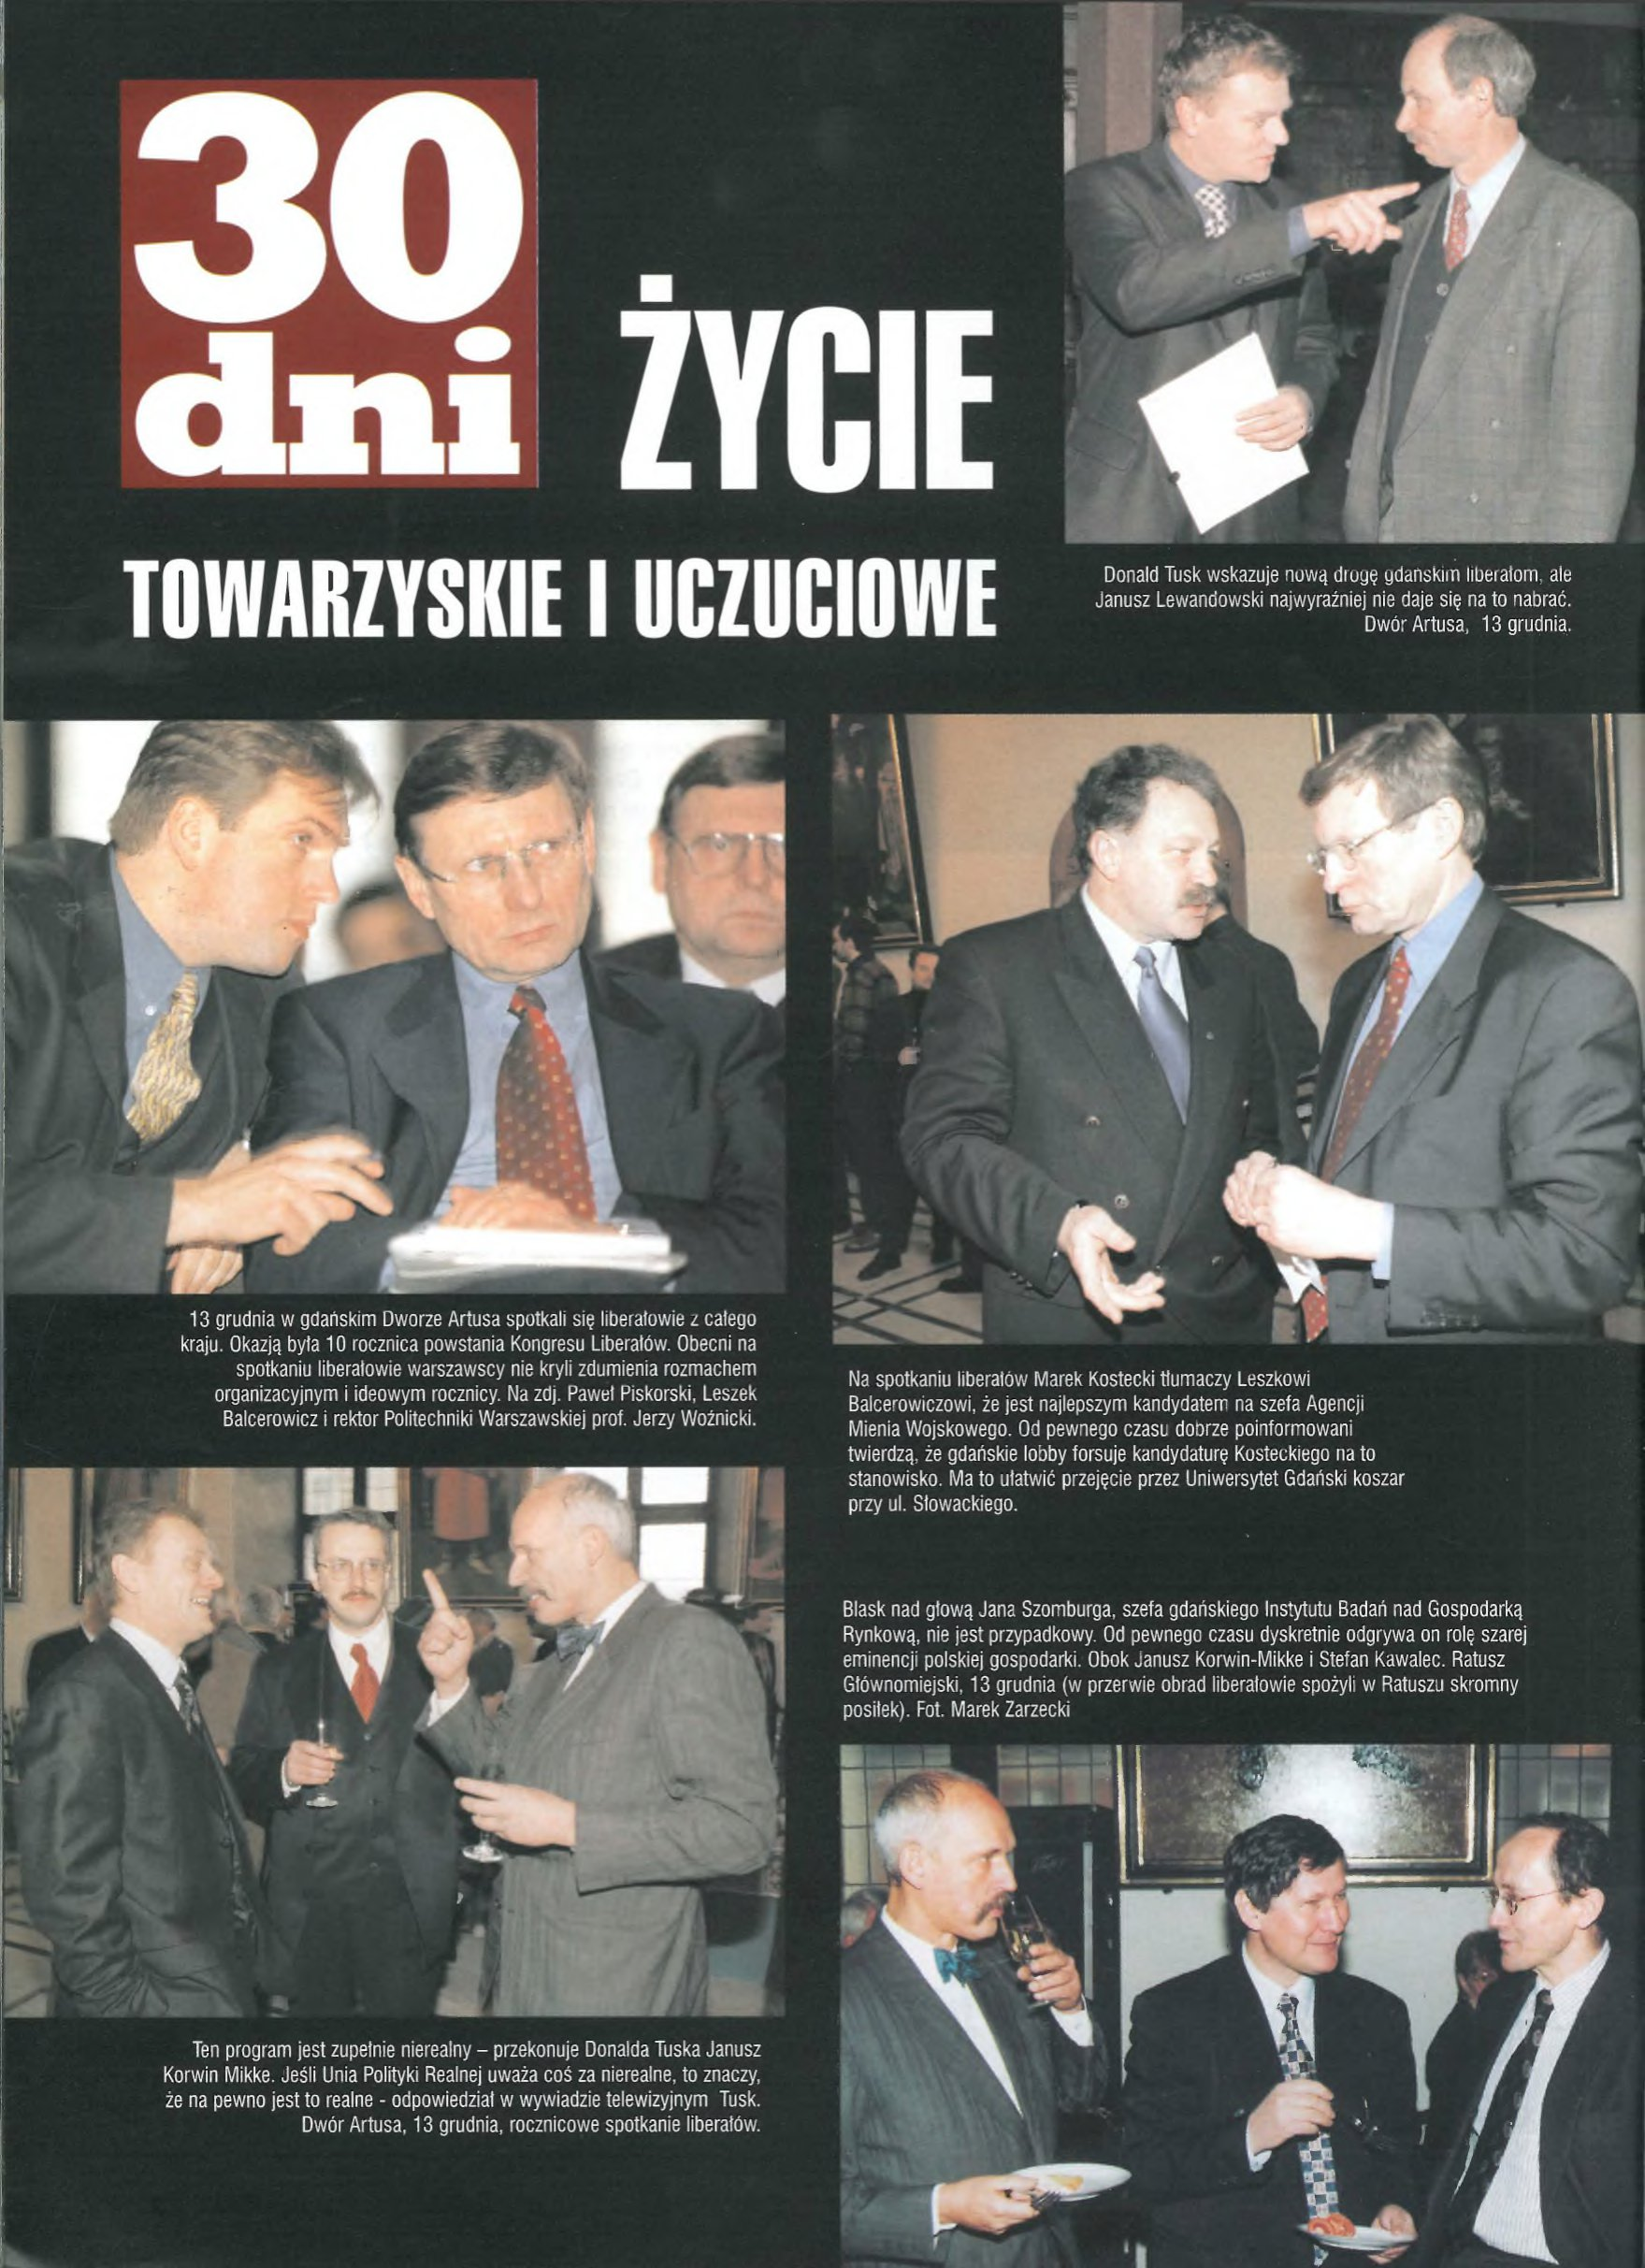
Language: pl